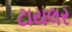
ટાયલર